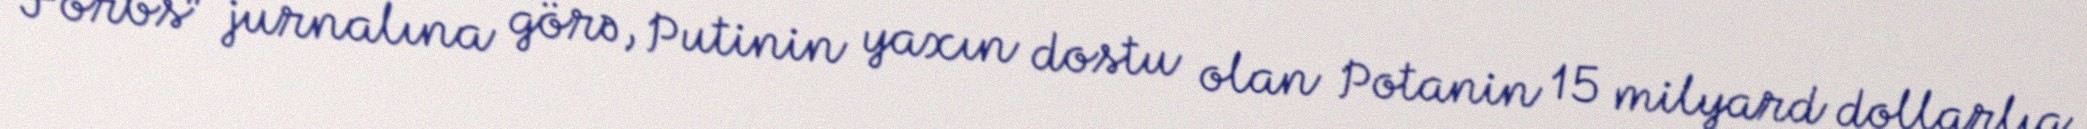
“Forbs” jurnalına görə, Putinin yaxın dostu olan Potanin 15 milyard dollarlıq